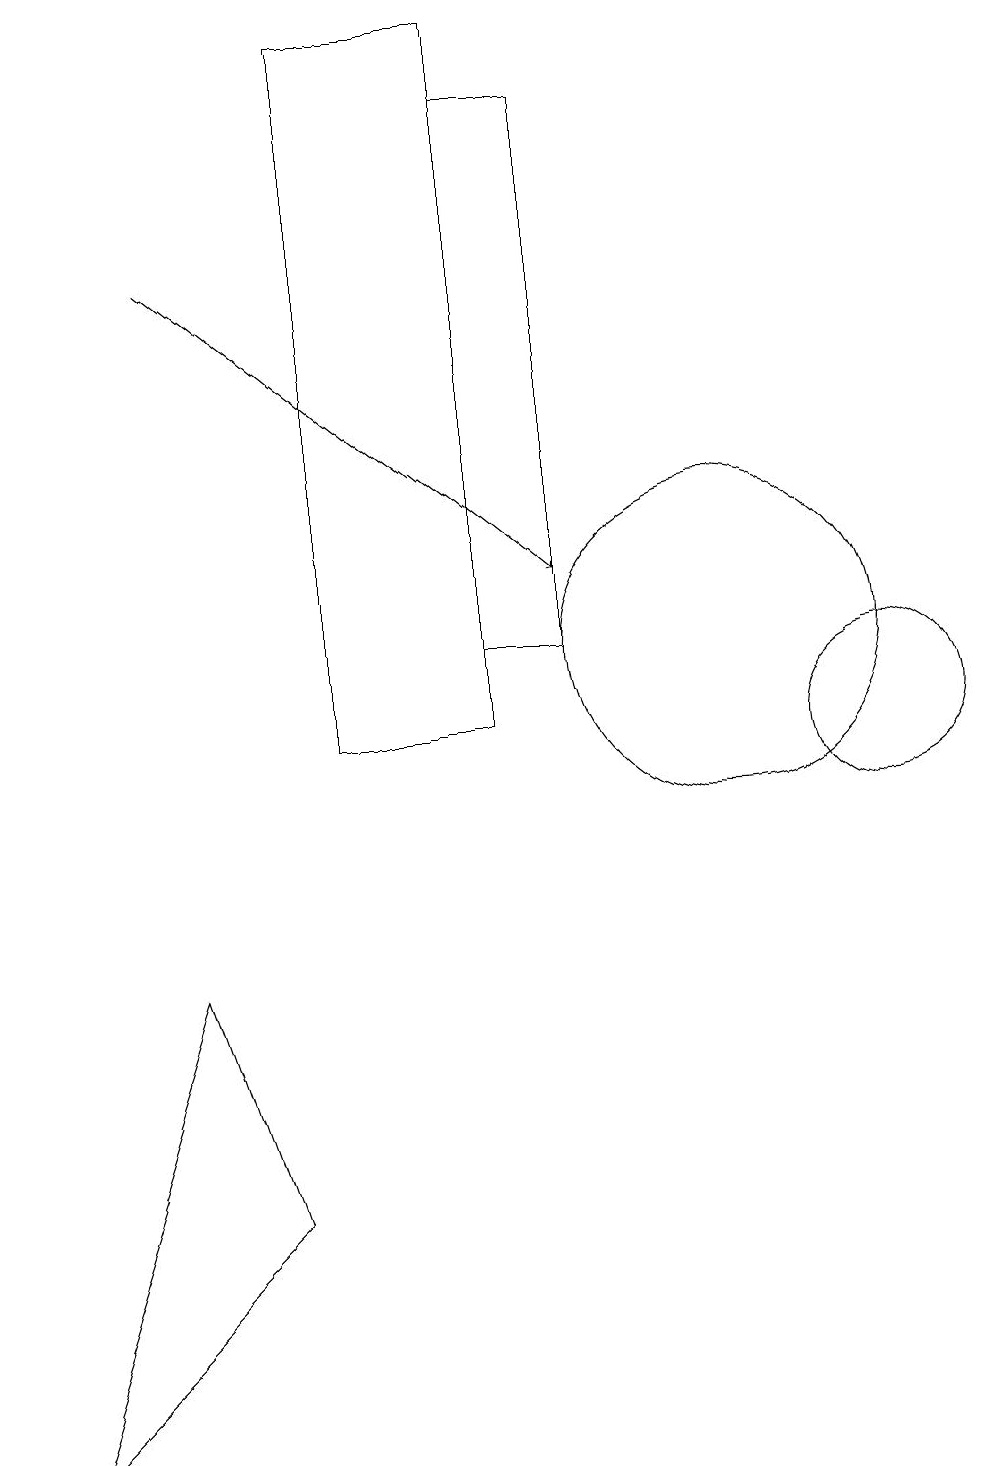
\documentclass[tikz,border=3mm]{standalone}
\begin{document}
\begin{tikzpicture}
\draw (7,19) rectangle (5,10);
\draw[->] (3,16) -- (8,12);
\draw (12,10) circle (1);
\draw (3,7) -- (1,1) -- (4,4) -- cycle;
\draw (10,11) circle (2);
\draw (8,18) rectangle (7,11);
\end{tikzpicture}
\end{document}